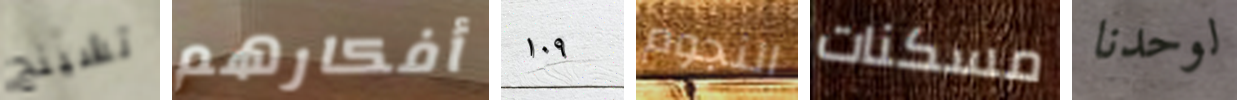
تشينج أفكارهم ١٠٩ النجوم مسكنات لوحدنا